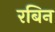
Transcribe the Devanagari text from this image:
रबिन